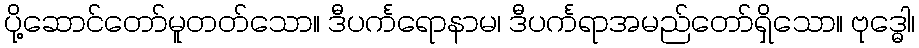
ပို့ဆောင်တော်မူတတ်သော။ ဒီပင်္ကရောနာမ၊ ဒီပင်္ကရာအမည်တော်ရှိသော။ ဗုဒ္ဓေါ၊